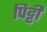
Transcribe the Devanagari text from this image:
पिट्टी